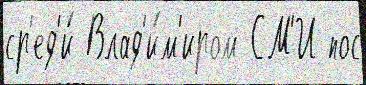
ср'ед'и́ Влад'и́м'иром СМ'И пос